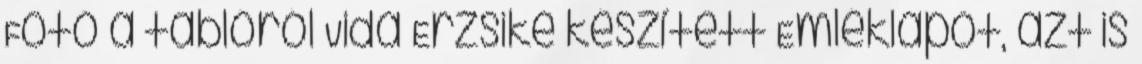
Fotó a tablóról Vida Erzsike készített Emléklapot, azt is